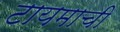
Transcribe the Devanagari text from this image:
टायमाची